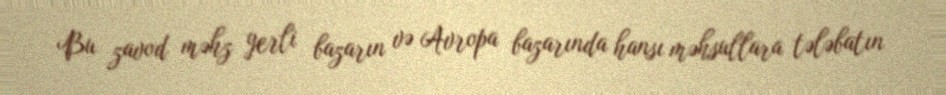
Bu zavod məhz yerli bazarın və Avropa bazarında hansı məhsullara tələbatın